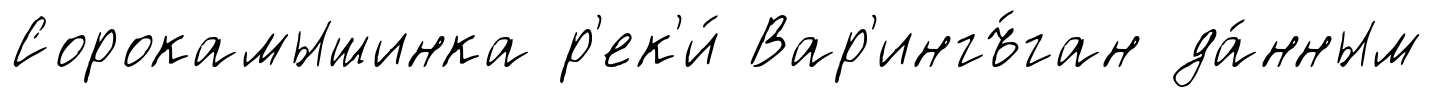
Сорокамышинка р'ек'и́ Вар'ингъ́ган да́нным